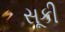
સૂકી